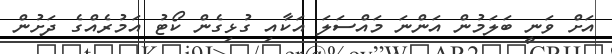
އަށް ވަނީ ބަލަމުން އަންނަ މައްސަލަ އަކާއި ގުޅިގެން ކޯޓު އަމުރެއްގެ ދަށުން